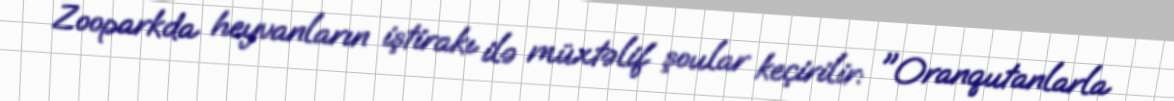
Zooparkda heyvanların iştirakı ilə müxtəlif şoular keçirilir: "Oranqutanlarla